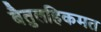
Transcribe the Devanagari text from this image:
बैतुलहिकमत